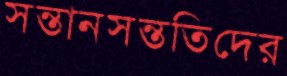
সন্তানসন্ততিদের